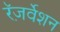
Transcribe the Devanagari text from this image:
रॅज़र्वेशन